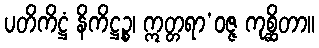
ပတိကိဋ္ဌံ နိကိဋ္ဌဉ္စ၊ ဣတ္တရာ’ဝဇ္ဇ ကုစ္ဆိတာ။